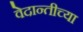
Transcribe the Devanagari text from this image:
वेदान्तीच्या